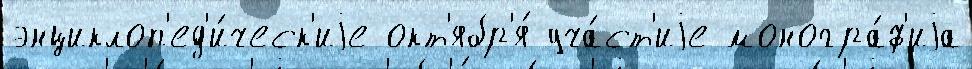
энциклоп'ед'и́ческ'иjе окт'ябр'я́ уча́ст'иjе моногра́ф'иjа